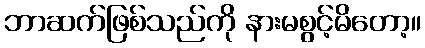
ဘာဆက်ဖြစ်သည်ကို နားမစွင့်မိတော့။